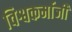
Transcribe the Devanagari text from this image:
विश्वकर्माजी